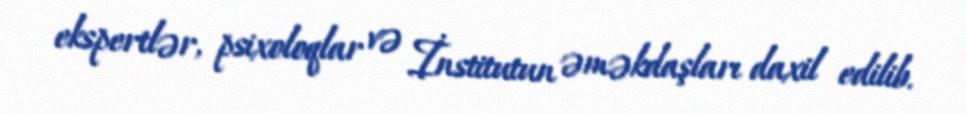
ekspertlər, psixoloqlar və İnstitutun əməkdaşları daxil edilib.